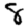
Digit: 8